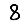
Digit: 8